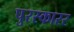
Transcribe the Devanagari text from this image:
पुरस्कारर